Cholera in India, 1862 to 1881
Year: 1862
Disease focus: Cholera
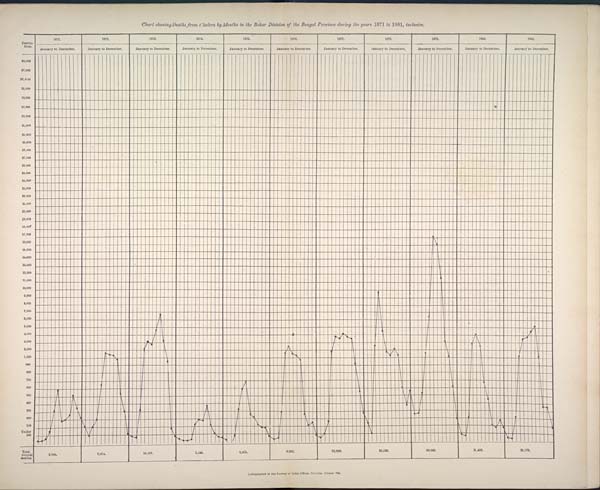
Chart showing Deaths from Cholera by Months in the Behar Division of the Bengal Province during the years 1871 to 1881, inclusive.
Lithographed at the Survey of India Offices, Calcutta, October 1884.